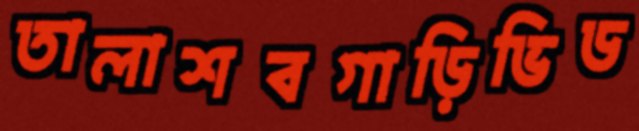
তালাশবগাড়িভিড